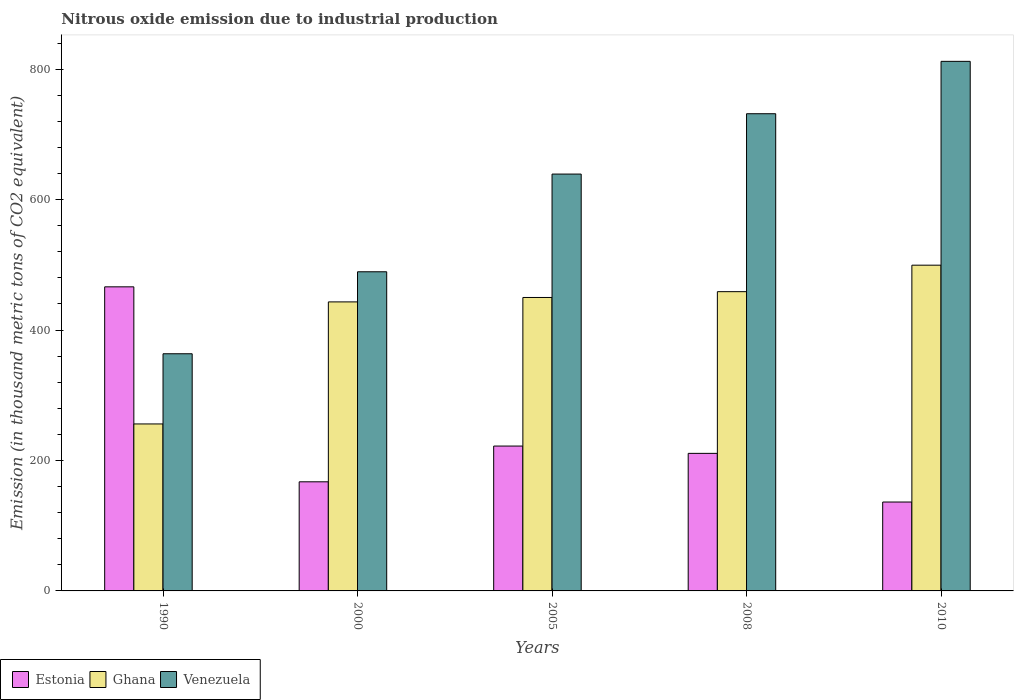
| Years | Estonia | Ghana | Venezuela |
 | --- | --- | --- | --- |
 | 1990 | 466 | 256 | 364 |
 | 2000 | 167 | 443 | 489 |
 | 2005 | 222 | 450 | 639 |
 | 2008 | 211 | 459 | 732 |
 | 2010 | 136 | 499 | 812 |